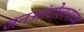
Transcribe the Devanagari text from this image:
जनआंदोलनांच्या